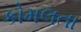
કોમલતા